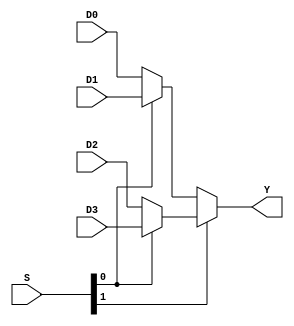
// Ch09 mux4_1.v
// | 4  1 hu

// hq
module mux4_1 (D0,D1,D2,D3,S,Y);
input  [3:0] D0,D1,D2,D3;	// |J
input  [1:0] S;			// GJ
output [3:0] Y;			// |X
reg    [3:0] W1,W2,Y;		// is
 
always@ (D0 or D1 or D2 or D3 or S)
  begin
    W1 = mux(D1,D0,S[0]);
    W2 = mux(D3,D2,S[0]);
    Y  = mux(W2,W1,S[1]);
  end
//-----------------------------------------------
// ]p (| 2  1 hu)
function [3:0] mux;
input [3:0] A,B;	// |J
input S;		// @J	
  mux = S ? A : B;
endfunction

endmodule